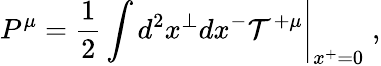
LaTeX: \left.P^{\mu}=\frac{1}{2}\int d^{2}x^{\perp}dx^{-}{\cal T}^{+\mu}\right|_{x^{+}=0}\; ,